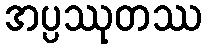
အပ္ပဿုတဿ